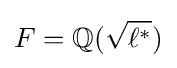
F=\mathbb {Q} ({\sqrt {\ell ^{*}}})